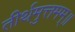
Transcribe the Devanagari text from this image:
तीर्थमुत्तमम्‌॥